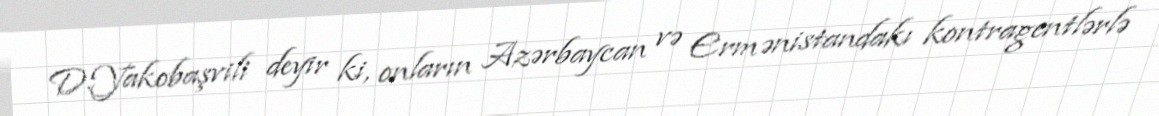
D.Yakobaşvili deyir ki, onların Azərbaycan və Ermənistandakı kontragentlərlə